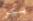
بيز